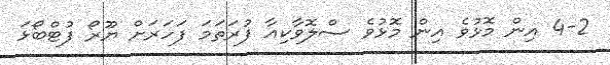
4-2 އިން މޮޅުވެ އިން މޮޅުވެ ސްލޮވާކިއާ ފުރަތަމަ ފަހަރަށް ޔޫރޯ ފުޓްބޯޅަ